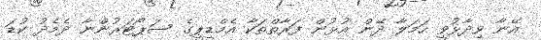
އޭނާ ވިދާޅުވީ ހަމަލާ ދޭން އުޅުން ފަރާތްތަކާ އެމްޑީޕީގެ ސަޕޯޓަރުންނާ ދެމެދު ކުޑަ